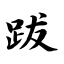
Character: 跋